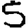
Digit: 5